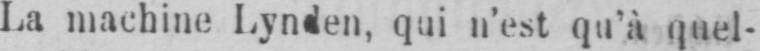
La machine Lynden, qui n’est qu’à quel-